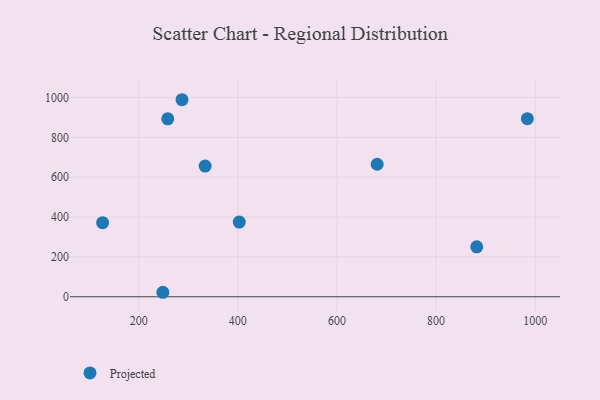
{"axis": {"x": "Experience", "y": "Demand"}, "legend": ["Projected"], "data": [{"x": "882.0", "y": 250.5, "type": "Projected"}, {"x": "248.6", "y": 22.5, "type": "Projected"}, {"x": "127.1", "y": 371.9, "type": "Projected"}, {"x": "681.1", "y": 665.1, "type": "Projected"}, {"x": "334.0", "y": 656.1, "type": "Projected"}, {"x": "984.2", "y": 894.0, "type": "Projected"}, {"x": "287.3", "y": 988.9, "type": "Projected"}, {"x": "402.8", "y": 374.8, "type": "Projected"}, {"x": "258.5", "y": 893.0, "type": "Projected"}]}